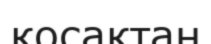
қосақтан